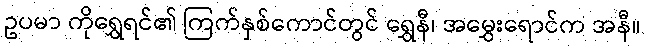
ဥပမာ ကိုရွှေရင်၏ ကြက်နှစ်ကောင်တွင် ရွှေနီ၊ အမွှေးရောင်က အနီ။